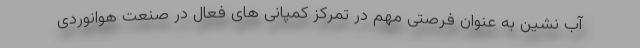
آب نشین به عنوان فرصتی مهم در تمرکز کمپانی های فعال در صنعت هوانوردی